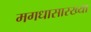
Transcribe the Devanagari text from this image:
मगधासारख्या